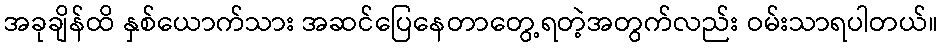
အခုချိန်ထိ နှစ်ယောက်သား အဆင်ပြေနေတာတွေ့ရတဲ့အတွက်လည်း ဝမ်းသာရပါတယ်။